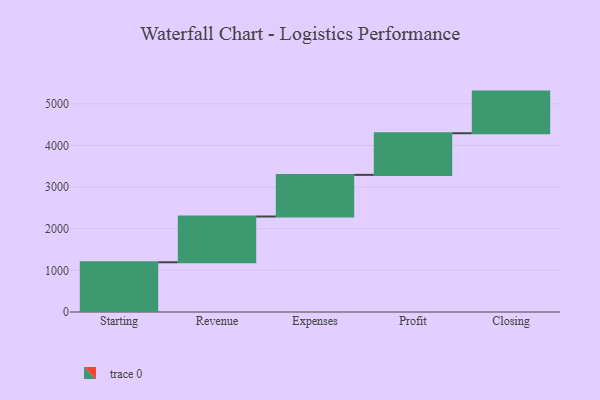
{"axis": {"x": "Step", "y": "Value"}, "legend": [""], "data": [{"x": "Starting", "y": 1194.0, "type": ""}, {"x": "Revenue", "y": 1099.0, "type": ""}, {"x": "Expenses", "y": 1000, "type": ""}, {"x": "Profit", "y": 1000, "type": ""}, {"x": "Closing", "y": 1000, "type": ""}]}